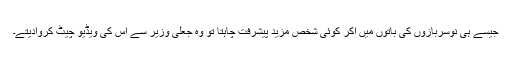
جیسے ہی نوسربازوں کی باتوں میں آکر کوئی شخص مزید پیشرفت چاہتا تو وہ جعلی وزیر سے اس کی ویڈیو چیٹ کروادیتے۔